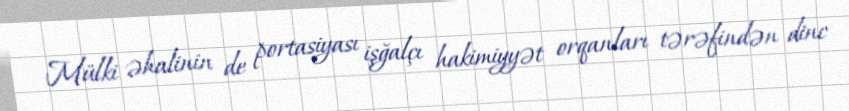
Mülki əhalinin de portasiyası işğalçı hakimiyyət orqanları tərəfindən dinc